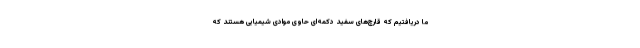
ما دریافتیم که قارچ‌های سفید دکمه‌ای حاوی موادی شیمیایی هستند که